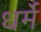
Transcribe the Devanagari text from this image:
धर्मे